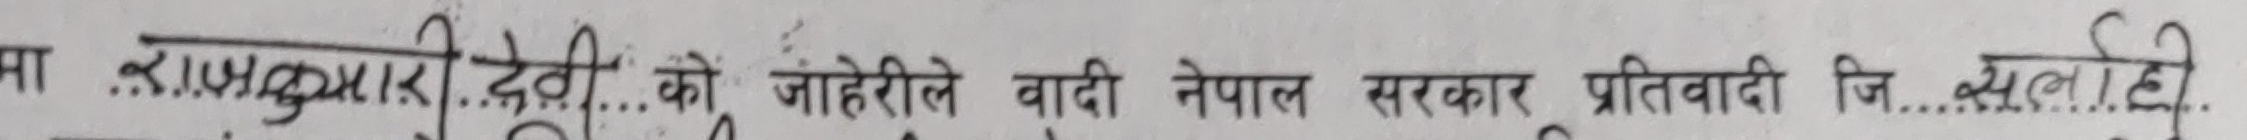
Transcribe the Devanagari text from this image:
मा राजकुमा री देवी...को जाहेरीले वादी नेपाल सरकार प्रतिवादी जि....सलाही..